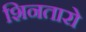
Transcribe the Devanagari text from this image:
शिनतारो